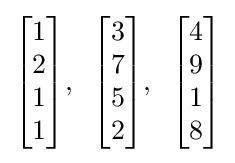
{\begin{bmatrix}1\\2\\1\\1\end{bmatrix}},\;\;{\begin{bmatrix}3\\7\\5\\2\end{bmatrix}},\;\;{\begin{bmatrix}4\\9\\1\\8\end{bmatrix}}